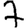
Digit: 7